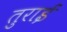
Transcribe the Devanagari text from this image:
तुराई